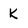
Character: k